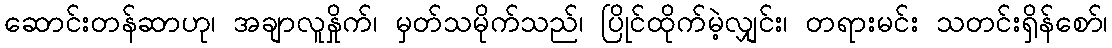
ဆောင်းတန်ဆာဟု၊ အချာလူနှိုက်၊ မှတ်သမိုက်သည်၊ ပြိုင်ထိုက်မဲ့လျှင်း၊ တရားမင်း သတင်းရှိန်စော်၊